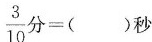
$$\frac{3}{10}分=( )秒$$